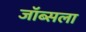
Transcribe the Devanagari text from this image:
जॉब्सला